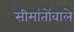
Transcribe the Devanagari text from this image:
सीमांतोंवाले